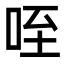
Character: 咥